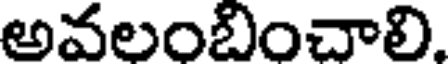
అవలంబించాలి.